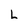
Character: L